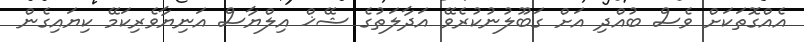
އެއްގޮތަކަށް ވެސް ބުއްދި އަށް ގަބޫލުނުކުރެވޭ އަދާލަތުގެ ޝޭޚް އިލްޔާސް އަނިޔާވެރިކަމޭ ކިޔައިގެން